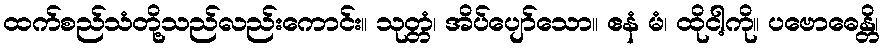
ထက်စည်သံတို့သည်လည်းကောင်း။ သုတ္တံ၊ အိပ်ပျော်သော။ ဧနံ မံ၊ ထိုငါ့ကို။ ပဗောဓေန္တိ၊